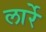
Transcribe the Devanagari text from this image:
लार्रे